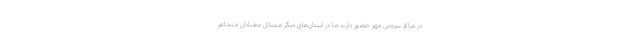
در مراکز سروش مهر حضور دارند.ما در استان‌های دیگر مشکل معتادان متجاهر